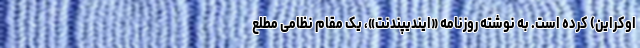
اوکراین) کرده است. به نوشته روزنامه «ایندیپندنت»، یک مقام نظامی مطلع